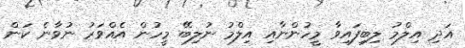
އަދި އިލްމު ލިބިފައިވާ މީހުންނާއި އިލްމު ނުލިބޭ މީހުން އެއްވަރު ނުވާނެ ކަން